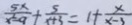
\frac { 5 x } { x ^ { 2 } - 9 } + \frac { 5 } { x + 3 } = 1 + \frac { x } { x - 3 }